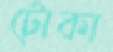
টোকা